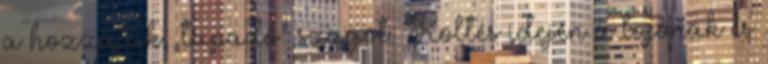
a hozzájuk „tapadó” szagot. Költés idején a tojónak és